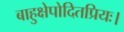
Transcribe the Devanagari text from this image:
बाहुक्षेपोदितप्रियः।